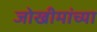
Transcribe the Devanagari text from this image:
जोखीमांच्या